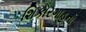
શિકારગાહના